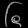
Digit: ၆